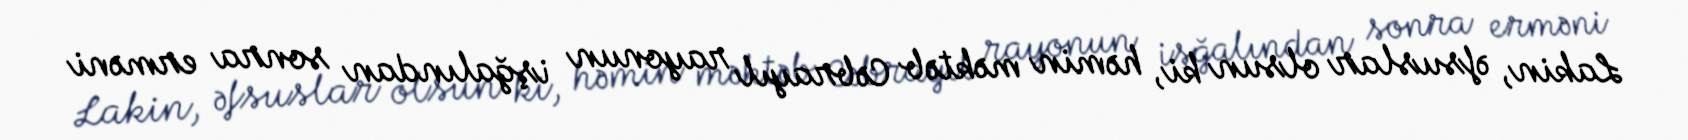
Lakin, əfsuslar olsun ki, həmin məktəb Cəbrayıl rayonun işğalından sonra erməni